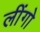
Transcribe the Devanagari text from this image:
लींगो